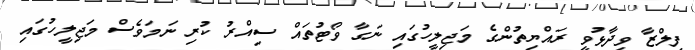
ފިލްޒާ ވިދާޅުވީ ރައްޔިތުންގެ މަޖިލީހުގައި ނަގާ ވޯޓުތައް ސިއްރު ކުރި ނަމަވެސް މަޖިލީހުގައި